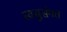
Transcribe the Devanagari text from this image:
स्वसुसंगत